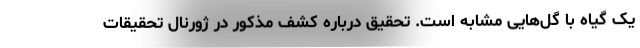
یک گیاه با گل‌هایی مشابه است. تحقیق درباره کشف مذکور در ژورنال تحقیقات